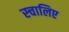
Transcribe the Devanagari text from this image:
स्चालिए